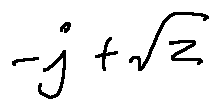
- j + \sqrt { z }